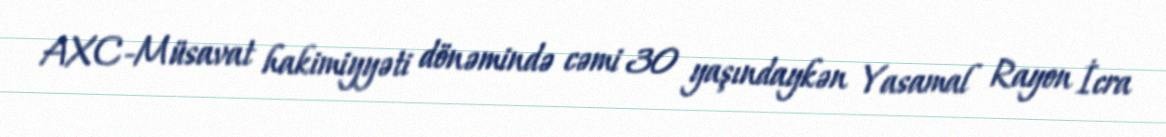
AXC-Müsavat hakimiyyəti dönəmində cəmi 30 yaşındaykən Yasamal Rayon İcra